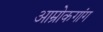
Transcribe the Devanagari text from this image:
आम्रोकगांग